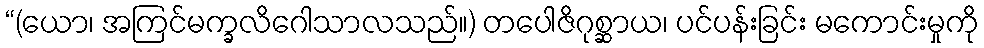
“(ယော၊ အကြင်မက္ခလိဂေါသာလသည်။) တပေါဇိဂုစ္ဆာယ၊ ပင်ပန်းခြင်း မကောင်းမှုကို